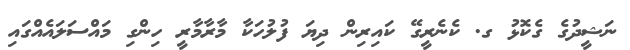
ނަޝީދުގެ ގެކޮޅު ގ. ކެނެރީގޭ ކައިރިން ދިޔަ ފުލުހަކާ މާރާމާރީ ހިންގި މައްސަލައެއްގައި